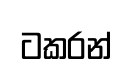
ටකරන්